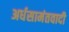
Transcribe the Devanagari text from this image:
अर्धसामंतवादी